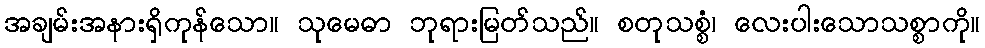
အချမ်းအနားရှိကုန်သော။ သုမေဓာ ဘုရားမြတ်သည်။ စတုသစ္စံ၊ လေးပါးသောသစ္စာကို။